Report of the Indian Hemp Drugs Commission, 1894-1895 - Volume V
Year: 1894
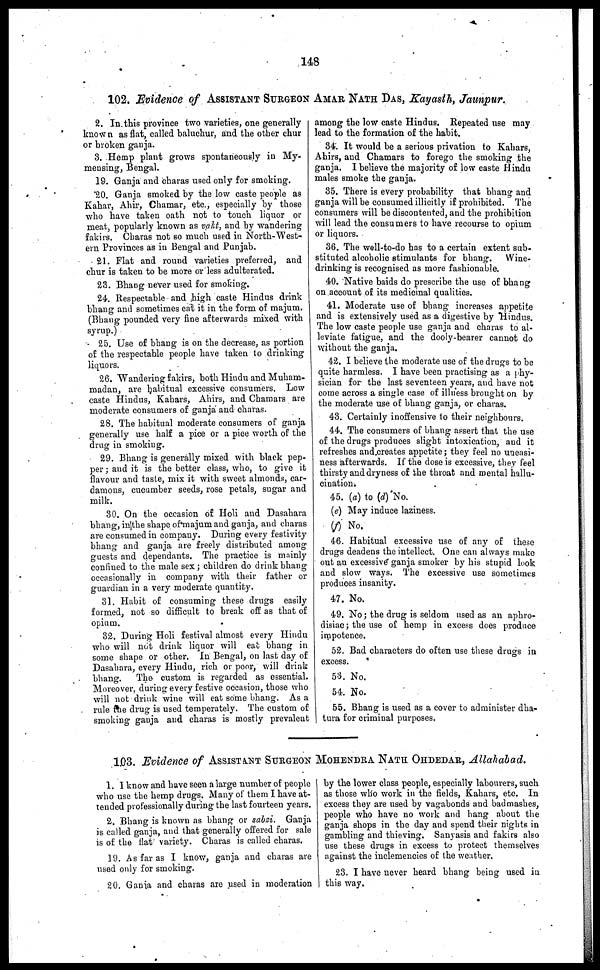
148
102. Evidence of ASSISTANT SURGEON AMAR NATH DAS, Kayasth, Jaunpur.
2. In this province two varieties, one generally
known as flat, called baluchur, and the other chur
or broken ganja.
3. Hemp plant grows spontaneously in My-
mensing, Bengal.
19. Ganja and charas used only for smoking.
*20. Ganja smoked by the low caste people as
Kahar, Ahir, Chamar, etc., especially by those
who have taken oath not to touch liquor or
meat, popularly known as vakt, and by wandering
fakirs. Charas not so much used in North-West-
ern Provinces as in Bengal and Punjab.
21. Flat and round varieties preferred, and
chur is taken to be more or less adulterated.
23. Bhang never used for smoking.
24. Respectable and high caste Hindus drink
bhang and sometimes eat it in the form of majum.
(Bhang pounded very fine afterwards mixed with
syrup.)
25. Use of bhang is on the decrease, as portion
of the respectable people have taken to drinking
liquors.
26. Wandering fakirs, both Hindu and Muham-
madan, are habitual excessive consumers. Low
caste Hindus, Kahars, Ahirs, and Chamars are
moderate consumers of ganja and charas.
28. The habitual moderate consumers of ganja
generally use half a pice or a pice worth of the
drug in smoking.
29. Bhang is generally mixed with black pep-
per; and it is the better class, who, to give it
flavour and taste, mix it with sweet almonds, car-
damons, cucumber seeds, rose petals, sugar and
milk.
30. On the occasion of Holi and Dasahara
bhang, in the shape of majum and ganja, and charas
are consumed in company. During every festivity
bhang and ganja are freely distributed among
guests and dependants. The practice is mainly
confined to the male sex; children do drink bhang
occasionally in company with their father or
guardian in a very moderate quantity.
31. Habit of consuming these drugs easily
formed, not so difficult to break off as that of
opium.
32. During Holi festival almost every Hindu
who will not drink liquor will eat bhang in
some shape or other. In Bengal, on last day of
Dasahara, every Hindu, rich or poor, will drink
bhang.
The- custom is regarded as essential.
Moreover, during every festive occasion, those who
will not drink wine will eat some bhang. As a
rule the drug is used temperately. The custom of
smoking ganja and charas is mostly prevalent
among the low caste Hindus. Repeated use may
lead to the formation of the habit.
34. It would be a serious privation to Kahars,
Ahirs, and Chamars to forego the smoking the
ganja. I believe the majority of low caste Hindu
males smoke the ganja.
35. There is every probability that bhang and
ganja will be consumed illicitly if prohibited. The
consumers will be discontented, and the prohibition
will lead the consumers to have recourse to opium
or liquors.
36. The well-to-do has to a certain extent sub-
stituted alcoholic stimulants for bhang. Wine-
drinking is recognised as more fashionable.
40. Native baids do prescribe the use of bhang
on account of its medicinal qualities.
41. Moderate use of bhang increases appetite
and is extensively used as a digestive by Hindus.
The low caste people use ganja and charas to al-
leviate fatigue, and the dooly-bearer cannot do
without the ganja.
42. I believe the moderate use of the drugs to be
quite harmless. I have been practising as a phy-
sician for the last seventeen years, and have not
come across a single case of illness brought on by
the moderate use of bhang ganja, or charas.
43. Certainly inoffensive to their neighbours.
44. The consumers of bhang assert that the use
of the drugs produces slight intoxication, and it
refreshes and creates appetite; they feel no uneasi-
ness afterwards. If the dose is excessive, they feel
thirsty and dryness of the throat and mental hallu-
cination.
45. (a) to (d) No.
(e) May induce laziness.
(f) No.
46. Habitual excessive use of any of these
drugs deadens the intellect. One can always make
out an excessive ganja smoker by his stupid look
and slow ways. The excessive use sometimes
produces insanity.
47. No.
49. No; the drug is seldom used as an aphro-
disiac; the use of hemp in excess does produce
impotence.
52. Bad characters do often use these drugs in
excess.
53. No.
54. No.
55. Bhang is used as a cover to administer dha-
tura for criminal purposes,
103. Evidence of ASSISTANT SURGEON MOHENDRA NATH OHDEDAR, Allahabad.
1. I know and have seen a large number of people
who use the hemp drugs. Many of them I have at-
tended professionally during the last fourteen years.
2. Bhang is known as bhang or sabzi. Ganja
is called ganja, and that generally offered for sale
is of the flat variety. Charas is called charas.
19. As far as I know, ganja and charas are
used only for smoking.
20. Ganja and charas are used in moderation
by the lower class people, especially labourers, such
as those who work in the fields, Kahars, etc. In
excess they are used by vagabonds and bad mashes,
people who have no work and hang about the
ganja shops in the day and spend their nights in
gambling and thieving. Sanyasis and fakirs also
use these drugs in excess to protect themselves
against the inclemencies of the weather.
23. I have never heard bhang being used in
this way.